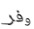
وفر